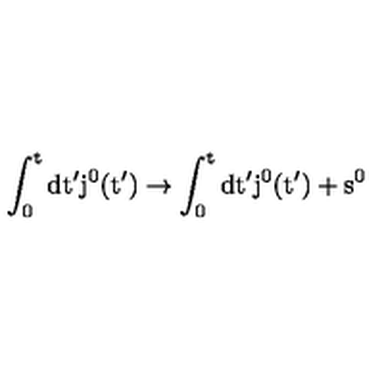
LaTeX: \mathrm { \int _ 0 ^ t d t ' j ^ 0 ( t ' ) \to \int _ 0 ^ t d t ' j ^ 0 ( t ' ) + s ^ 0 }